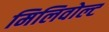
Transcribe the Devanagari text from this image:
मिलिवोल्ट